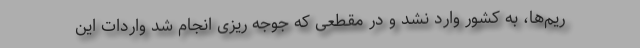
ریم‌ها، به کشور وارد نشد و در مقطعی که جوجه ریزی انجام شد واردات این